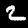
Label: 2